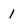
Character: 1